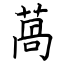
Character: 萵